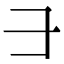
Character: ⺕